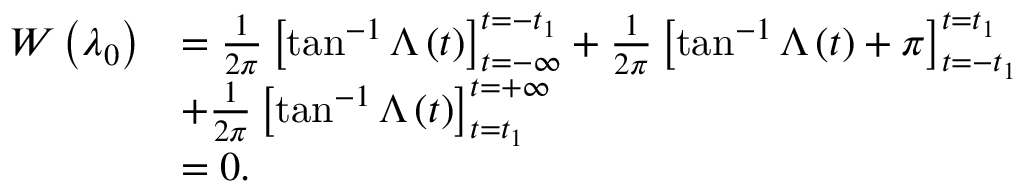
\begin{array} { r l } { W \left( \lambda _ { 0 } \right) } & { = \frac { 1 } { 2 \pi } \left[ \tan ^ { - 1 } \Lambda \left( t \right) \right] _ { t = - \infty } ^ { t = - t _ { 1 } } + \frac { 1 } { 2 \pi } \left[ \tan ^ { - 1 } \Lambda \left( t \right) + \pi \right] _ { t = - t _ { 1 } } ^ { t = t _ { 1 } } } \\ & { + \frac { 1 } { 2 \pi } \left[ \tan ^ { - 1 } \Lambda \left( t \right) \right] _ { t = t _ { 1 } } ^ { t = + \infty } } \\ & { = 0 . } \end{array}